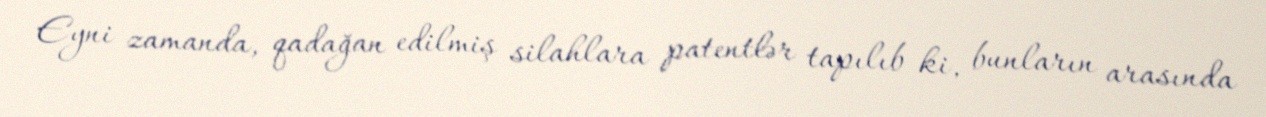
Eyni zamanda, qadağan edilmiş silahlara patentlər tapılıb ki, bunların arasında